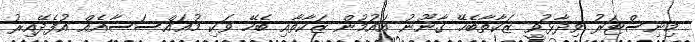
މިނިސްޓަރު ވިދާޅުވީ ޒަކާތާބެހޭ ގާނޫނު އައުމުން ޒަކާތާއި ބެހޭ ވަކި މުޢައްސަސާއެއް އުފެދޭއިރު